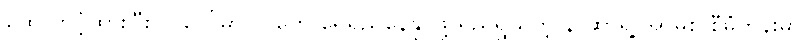
ထောက်ပံ့ထားပြီး လပေါ်မှာ လူတွေ ရေရှည်နေနိုင်ဖို့ ရည်ရွယ်တဲ့ နာဆာရဲ့ အာမိစ် စီမံကိန်းမှာ